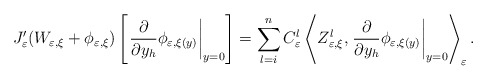
\begin{align*}J_{\varepsilon}^{\prime}(W_{\varepsilon,\xi}+\phi_{\varepsilon,\xi})\left[\left. \frac{\partial}{\partial y_{h}}\phi_{\varepsilon,\xi(y)}\right\vert_{y=0}\right] =\sum_{l=i}^{n}C_{\varepsilon}^{l}\left\langle Z_{\varepsilon,\xi}^{l},\left. \frac{\partial}{\partial y_{h}}\phi_{\varepsilon,\xi(y)}\right\vert _{y=0}\right\rangle _{\varepsilon}.\end{align*}